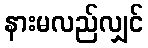
နားမလည်လျှင်